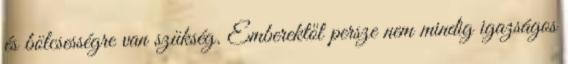
és bölcsességre van szükség. Emberektől persze nem mindig igazságos